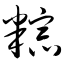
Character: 粽